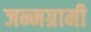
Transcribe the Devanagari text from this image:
जन्मग्रामी